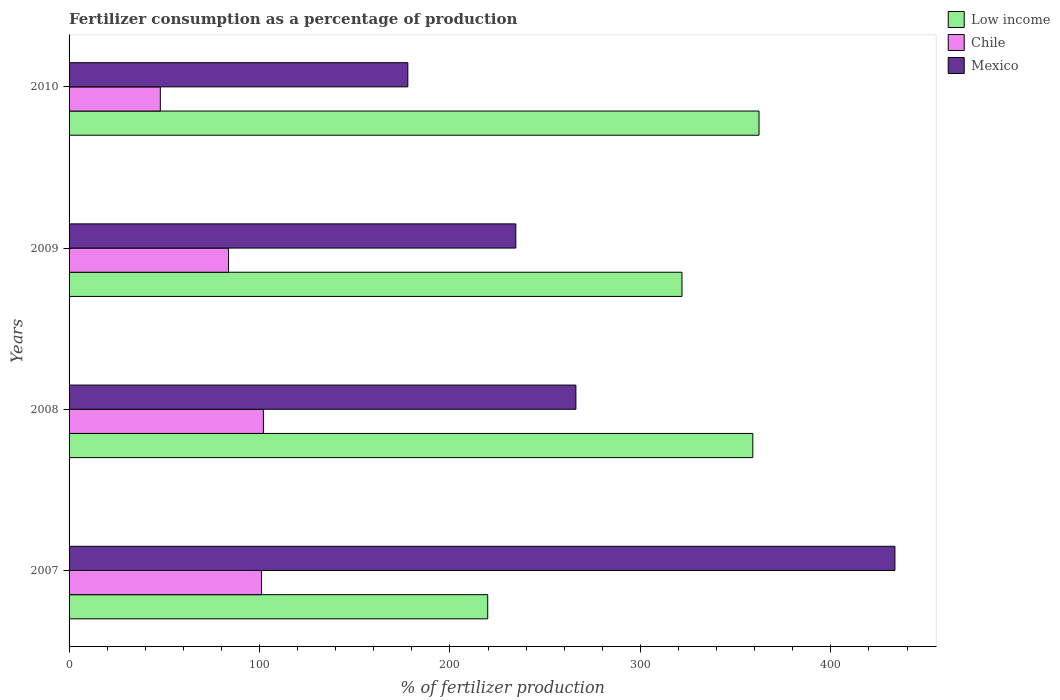
| Years | Low income | Chile | Mexico |
 | --- | --- | --- | --- |
 | 2007 | 220 | 101 | 434 |
 | 2008 | 359 | 102 | 266 |
 | 2009 | 322 | 83.7 | 235 |
 | 2010 | 362 | 47.9 | 178 |